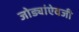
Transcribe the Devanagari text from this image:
जोड्यांऐवजी